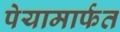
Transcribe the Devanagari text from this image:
पेयामार्फत